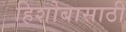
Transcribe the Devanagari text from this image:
हिशोबासाठी